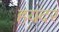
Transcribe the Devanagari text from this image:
हयदर